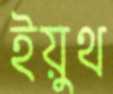
ইয়ুথ